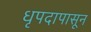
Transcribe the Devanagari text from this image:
धृपदापासून